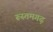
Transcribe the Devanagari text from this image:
रूस्तमगढ़